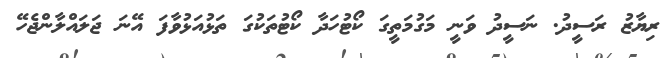
ރިޔާޒު ރަސީދު. ނަސީދު ވަނީ މަގުމަތީގަ ކޯޓުހަދާ ކޯޓުތަކުގަ ތަޅުއަޅުވާފަ އޭނަ ޖަލައްލާންޖެހޭ